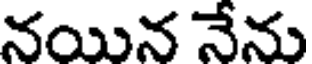
నయిన నేను